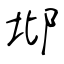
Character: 邶